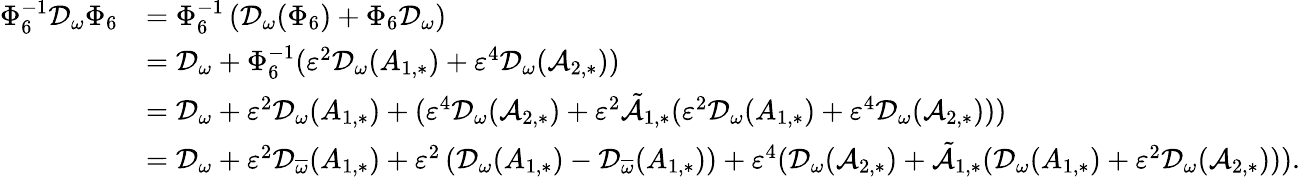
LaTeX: \begin{array}{rl}{\Phi_{6}^{-1}\mathcal{D}_{\omega}\Phi_{6}}&{=\Phi_{6}^{-1}\left(\mathcal{D}_{\omega}(\Phi_{6})+\Phi_{6}\mathcal{D}_{\omega}\right)}\\ &{=\mathcal{D}_{\omega}+\Phi_{6}^{-1}(\varepsilon^{2}\mathcal{D}_{\omega}(A_{1,*})+\varepsilon^{4}\mathcal{D}_{\omega}(\mathcal{A}_{2,*}))}\\ &{=\mathcal{D}_{\omega}+\varepsilon^{2}\mathcal{D}_{\omega}(A_{1,*})+(\varepsilon^{4}\mathcal{D}_{\omega}(\mathcal{A}_{2,*})+\varepsilon^{2}\tilde{\mathcal{A}}_{1,*}(\varepsilon^{2}\mathcal{D}_{\omega}(A_{1,*})+\varepsilon^{4}\mathcal{D}_{\omega}(\mathcal{A}_{2,*})))}\\ &{=\mathcal{D}_{\omega}+\varepsilon^{2}\mathcal{D}_{\overline{{\omega}}}(A_{1,*})+\varepsilon^{2}\left(\mathcal{D}_{{\omega}}(A_{1,*})-\mathcal{D}_{\overline{{\omega}}}(A_{1,*})\right)+\varepsilon^{4}(\mathcal{D}_{\omega}(\mathcal{A}_{2,*})+\tilde{\mathcal{A}}_{1,*}(\mathcal{D}_{\omega}(A_{1,*})+\varepsilon^{2}\mathcal{D}_{\omega}(\mathcal{A}_{2,*}))).}\end{array}